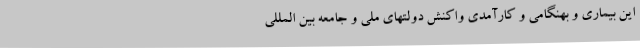
این بیماری و بهنگامی و کارآمدی واکنش دولتهای ملی و جامعه بین المللی